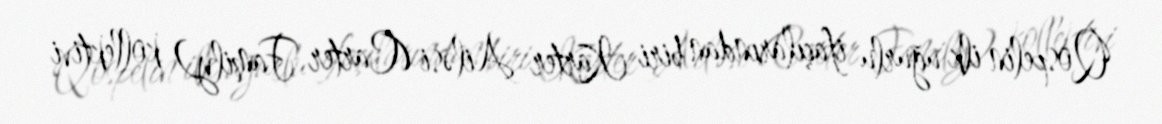
Qospelin ilk uğurlu ifaçılarından biri Karter Ailəsi (Carter Family) kollektivi